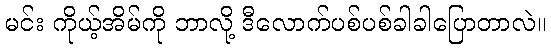
မင်း ကိုယ့်အိမ်ကို ဘာလို့ ဒီလောက်ပစ်ပစ်ခါခါပြောတာလဲ။